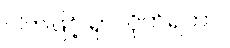
ငါကဖြင့် ရှာလိုက်ရတာ။